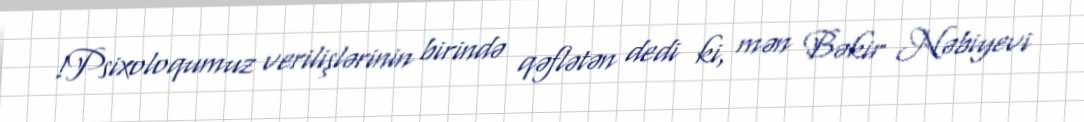
!Psixoloqumuz verilişlərinin birində qəflətən dedi ki, mən Bəkir Nəbiyevi